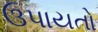
ઉપાયતો